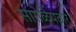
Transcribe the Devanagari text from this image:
सारोळेपठार